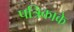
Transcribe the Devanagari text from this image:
पत्रिकाके